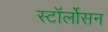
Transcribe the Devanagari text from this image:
स्टॉर्लोसन